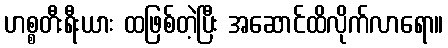
ဟစ္စတီးရီးယား ထဖြစ်တဲ့ပြီး အဆောင်ထိလိုက်လာရော။